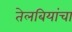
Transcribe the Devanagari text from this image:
तेलबियांचा